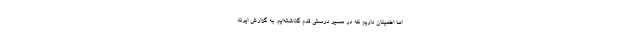
اما اطمینان داریم که در مسیر درستی قدم گذاشته‌ایم. به گزارش ایرنا،